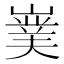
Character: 𭗘